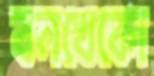
বনখেকো